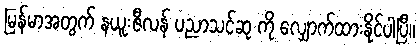
မြန်မာအတွက် နယူးဇီလန် ပညာသင်ဆု ကို လျှောက်ထားနိုင်ပါပြီ။